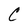
Character: C